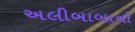
અલીબાબાનો